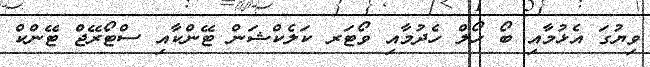
ވިޔުގަ އެޅުމާއި ބޯ ހޯލް ހެދުމާއި ވޯޓަރ ކަލެކްޝަން ޓޭންކާއި ސްޓޯރޭޖް ޓޭންކް